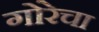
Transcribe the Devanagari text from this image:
गोरेचा